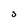
Character: 3